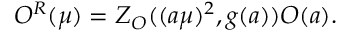
{ \cal O } ^ { R } ( \mu ) = Z _ { \cal O } ( ( a \mu ) ^ { 2 } , g ( a ) ) { \cal O } ( a ) .